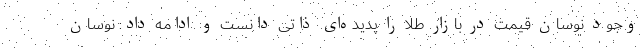
وجود نوسان قیمت در بازار طلا را پدیده‌ای ذاتی دانست و ادامه داد: نوسان